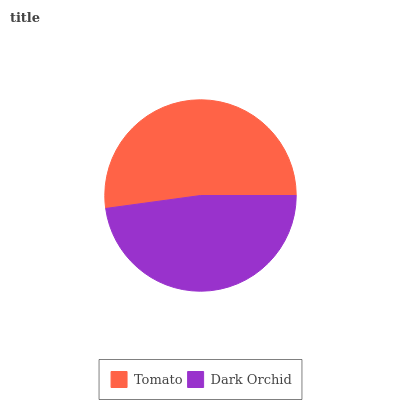
| Tomato | Dark Orchid |
 | --- | --- |
 | 52.1% | 47.9% |